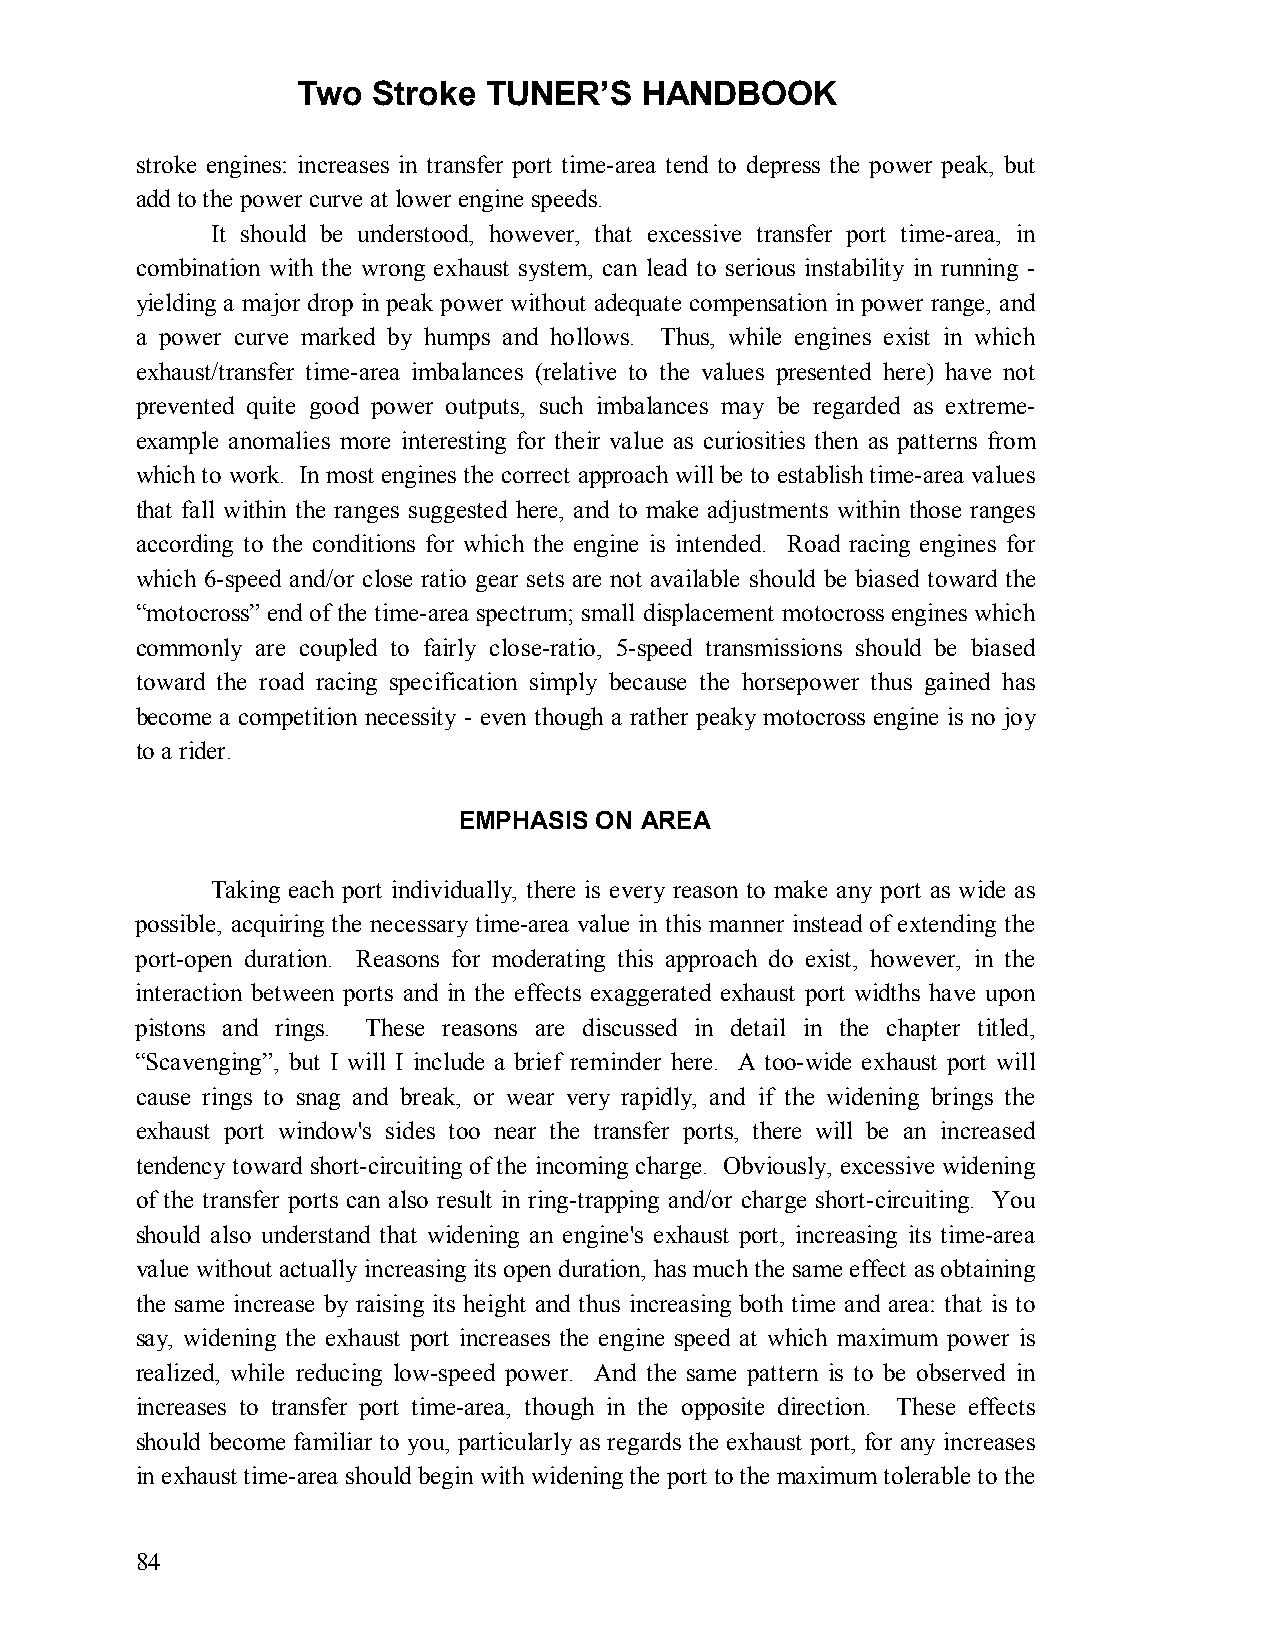
Two  Stroke TUNER’S   HANDBOOK
 stroke engines: increases in transfer port time-area tend to depress the power peak, but
 add to the power curve at lower engine speeds.
 It should be understood, however, that excessive transfer port time-area, in
 combination with the wrong exhaust system, can lead to serious instability in running -
 yielding a major drop in peak power without adequate compensation in power range, and
 a power curve marked by humps and hollows. Thus, while engines exist in which
 exhaust/transfer time-area imbalances (relative to the values presented here) have not
 prevented quite good power outputs, such imbalances may be regarded as extreme-
 example anomalies more interesting for their value as curiosities then as patterns from
 which to work. In most engines the correct approach will be to establish time-area values
 that fall within the ranges suggested here, and to make adjustments within those ranges
 according to the conditions for which the engine is intended. Road racing engines for
 which 6-speed and/or close ratio gear sets are not available should be biased toward the
 “motocross” end of the time-area spectrum; small displacement motocross engines which
 commonly are coupled to fairly close-ratio, 5-speed transmissions should be biased
 toward the road racing specification simply because the horsepower thus gained has
 become a competition necessity - even though a rather peaky motocross engine is no joy
 to a rider.
 EMPHASIS ON AREA
 Taking each port individually, there is every reason to make any port as wide as
 possible, acquiring the necessary time-area value in this manner instead of extending the
 port-open duration. Reasons for moderating this approach do exist, however, in the
 interaction between ports and in the effects exaggerated exhaust port widths have upon
 pistons and rings. These reasons are discussed in detail in the chapter titled,
 “Scavenging”, but I will I include a brief reminder here. A too-wide exhaust port will
 cause rings to snag and break, or wear very rapidly, and if the widening brings the
 exhaust port window's sides too near the transfer ports, there will be an increased
 tendency toward short-circuiting of the incoming charge. Obviously, excessive widening
 of the transfer ports can also result in ring-trapping and/or charge short-circuiting. You
 should also understand that widening an engine's exhaust port, increasing its time-area
 value without actually increasing its open duration, has much the same effect as obtaining
 the same increase by raising its height and thus increasing both time and area: that is to
 say, widening the exhaust port increases the engine speed at which maximum power is
 realized, while reducing low-speed power. And the same pattern is to be observed in
 increases to transfer port time-area, though in the opposite direction. These effects
 should become familiar to you, particularly as regards the exhaust port, for any increases
 in exhaust time-area should begin with widening the port to the maximum tolerable to the
 84